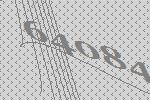
64084